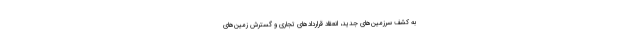
به کشف سرزمین‌های جدید، انعقاد قراردادهای تجاری و گسترش زمین‌های